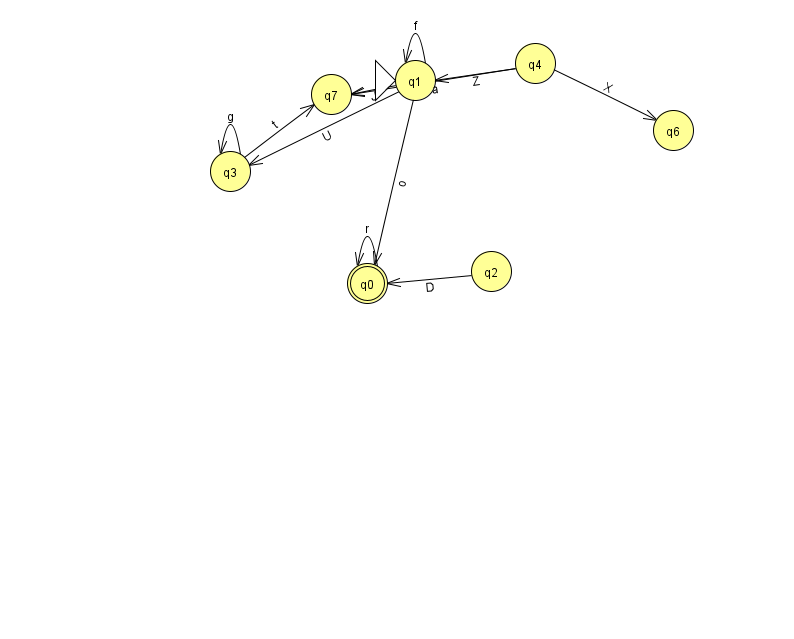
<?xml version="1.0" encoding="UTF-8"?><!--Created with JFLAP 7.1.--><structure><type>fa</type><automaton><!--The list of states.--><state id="0" name="q0"><x>367.0</x><y>270.0</y><final/></state><state id="1" name="q1"><x>415.0</x><y>67.0</y><initial/></state><state id="2" name="q2"><x>491.0</x><y>258.0</y></state><state id="3" name="q3"><x>230.0</x><y>158.0</y></state><state id="4" name="q4"><x>535.0</x><y>50.0</y></state><state id="6" name="q6"><x>673.0</x><y>117.0</y></state><state id="7" name="q7"><x>331.0</x><y>81.0</y></state><!--The list of transitions.--><transition><from>2</from><to>0</to><read>D</read></transition><transition><from>4</from><to>6</to><read>X</read></transition><transition><from>0</from><to>0</to><read>r</read></transition><transition><from>1</from><to>3</to><read>U</read></transition><transition><from>1</from><to>7</to><read>J</read></transition><transition><from>1</from><to>1</to><read>f</read></transition><transition><from>3</from><to>3</to><read>g</read></transition><transition><from>4</from><to>1</to><read>Z</read></transition><transition><from>1</from><to>0</to><read>o</read></transition><transition><from>3</from><to>7</to><read>t</read></transition><transition><from>4</from><to>7</to><read>a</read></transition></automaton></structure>